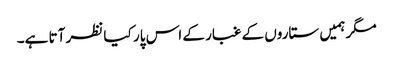
مگر ہمیں ستاروں کے غبار کے اس پار کیا نظر آتا ہے۔